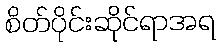
စိတ်ပိုင်းဆိုင်ရာအရ